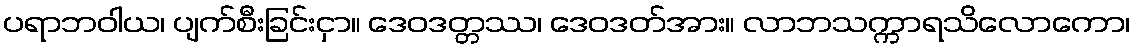
ပရာဘဝါယ၊ ပျက်စီးခြင်းငှာ။ ဒေဝဒတ္တဿ၊ ဒေဝဒတ်အား။ လာဘသက္ကာရသိလောကော၊